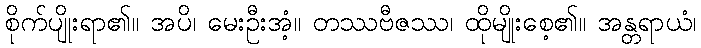
စိုက်ပျိုးရာ၏။ အပိ၊ မေးဦးအံ့။ တဿဗီဇဿ၊ ထိုမျိုးစေ့၏။ အန္တရာယံ၊